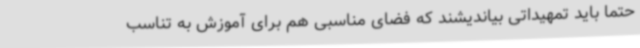
حتماً باید تمهیداتی بیاندیشند که فضای مناسبی هم برای آموزش به تناسب